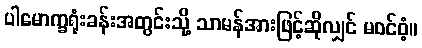
ပါမောက္ခရုံးခန်းအတွင်းသို့ သာမန်အားဖြင့်ဆိုလျှင် မဝင်ဝံ့။